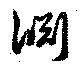
淵